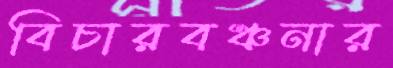
বিচারবঞ্চনার